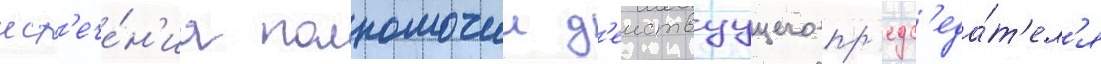
ист'ече́н'иа полномочии д'еиствуущего пр'едс'еда́т'ел'я